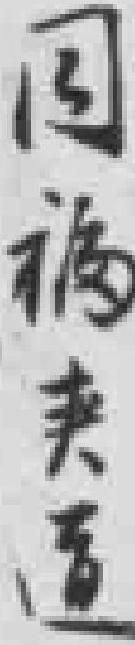
同福夹道